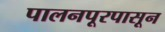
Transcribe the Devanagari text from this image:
पालनपूरपासून